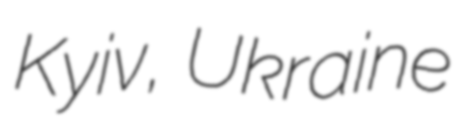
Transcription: Kyiv, Ukraine